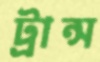
ট্রান্স